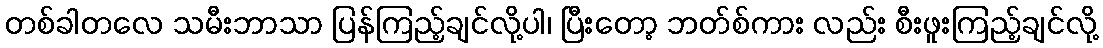
တစ်ခါတလေ သမီးဘာသာ ပြန်ကြည့်ချင်လို့ပါ၊ ပြီးတော့ ဘတ်စ်ကား လည်း စီးဖူးကြည့်ချင်လို့